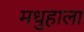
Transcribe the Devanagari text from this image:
मधुहाला